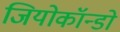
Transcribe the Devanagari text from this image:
जियोकॉन्डो